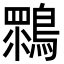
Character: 䳴